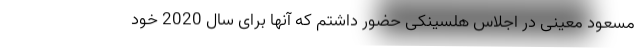
مسعود معینی در اجلاس هلسینکی حضور داشتم که آنها برای سال 2020 خود